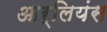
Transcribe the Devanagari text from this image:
आर्लियंस